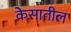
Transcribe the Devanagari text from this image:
केसातील